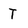
Character: T